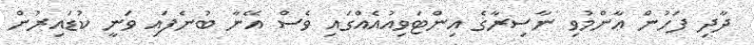
ދާދި ފަހުން ޢާންމުވި ނާސިރާގެ އިންޓަވިއުއެއްގައި ވެސް އޭނާ ބުނެފައި ވަނީ ކުޑައިރުން